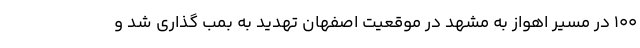
100 در مسیر اهواز به مشهد در موقعیت اصفهان تهدید به بمب گذاری شد و